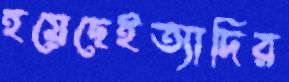
হয়েছেইত্যাদির